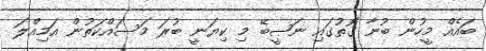
ބައެއް މީހުން ބުނާ ގޮތުގައި ނަޞީބޭ މި ކިޔަނީ ބުރަ މަސައްކަތުން އަމިއްލަ